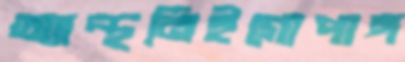
অ্যান্থনিইগোপাঙ্গ